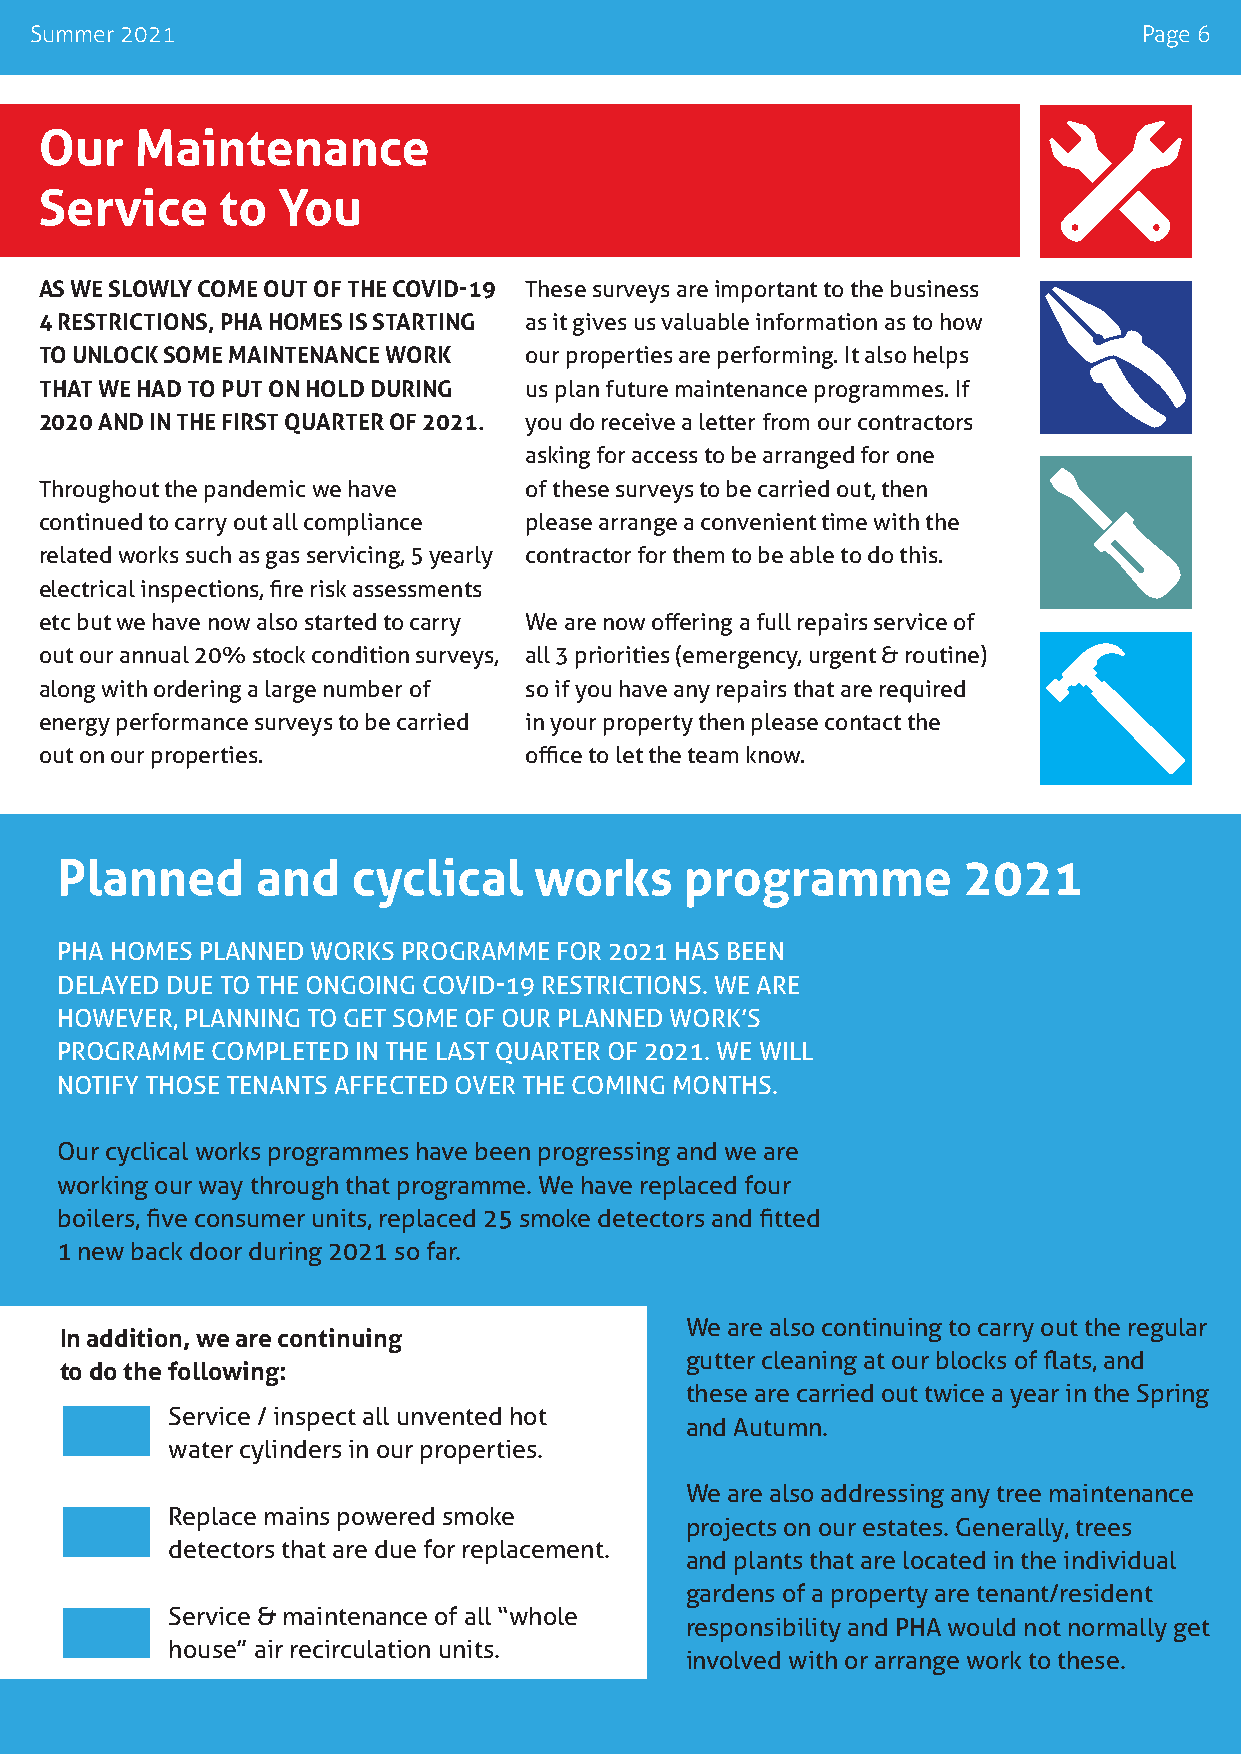
Summer 2021                                                               Page 6
 Our   Maintenance
 Service    to  You
 AS WE SLOWLY COME OUT OF THE COVID-19 These surveys are important to the business
 4 RESTRICTIONS, PHA HOMES IS STARTING as it gives us valuable information as to how
 TO UNLOCK SOME MAINTENANCE WORK our properties are performing. It also helps
 THAT WE HAD TO PUT ON HOLD DURING us plan future maintenance programmes. If
 2020 AND IN THE FIRST QUARTER OF 2021. you do receive a letter from our contractors
 asking for access to be arranged for one
 Throughout the pandemic we have of these surveys to be carried out, then
 continued to carry out all compliance please arrange a convenient time with the
 related works such as gas servicing, 5 yearly contractor for them to be able to do this.
 electrical inspections, fire risk assessments
 etc but we have now also started to carry We are now offering a full repairs service of
 out our annual 20% stock condition surveys, all 3 priorities (emergency, urgent & routine)
 along with ordering a large number of so if you have any repairs that are required
 energy performance surveys to be carried in your property then please contact the
 out on our properties.          office to let the team know.
 Planned      and   cyclical    works     programme          2021
 PHA HOMES PLANNED WORKS PROGRAMME FOR 2021 HAS BEEN
 DELAYED DUE TO THE ONGOING COVID-19 RESTRICTIONS. WE ARE
 HOWEVER, PLANNING TO GET SOME OF OUR PLANNED WORK’S
 PROGRAMME COMPLETED IN THE LAST QUARTER OF 2021. WE WILL
 NOTIFY THOSE TENANTS AFFECTED OVER THE COMING MONTHS.
 Our cyclical works programmes have been progressing and we are
 working our way through that programme. We have replaced four
 boilers, five consumer units, replaced 25 smoke detectors and fitted
 1 new back door during 2021 so far.
 We are also continuing to carry out the regular
 In addition, we are continuing
 gutter cleaning at our blocks of flats, and
 to do the following:
 these are carried out twice a year in the Spring
 Service / inspect all unvented hot
 and Autumn.
 water cylinders in our properties.
 We are also addressing any tree maintenance
 Replace mains powered smoke
 projects on our estates. Generally, trees
 detectors that are due for replacement.
 and plants that are located in the individual
 gardens of a property are tenant/resident
 Service & maintenance of all “whole
 responsibility and PHA would not normally get
 house” air recirculation units.
 involved with or arrange work to these.